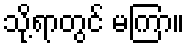
သို့ရာတွင် မကြာ။